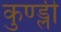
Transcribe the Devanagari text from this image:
कुण्ड्ली